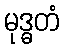
မုဒ္ဓတံ